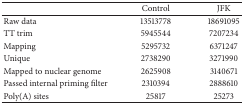
<table><thead><tr><td><b> </b></td><td><b>Control</b></td><td><b>JFK</b></td></tr></thead><tbody><tr><td>Raw data</td><td>13513778</td><td>18691095</td></tr><tr><td>TT trim</td><td>5945544</td><td>7207234</td></tr><tr><td>Mapping</td><td>5295732</td><td>6371247</td></tr><tr><td>Unique</td><td>2738290</td><td>3271990</td></tr><tr><td>Mapped to nuclear genome</td><td>2625908</td><td>3140671</td></tr><tr><td>Passed internal priming filter</td><td>2310394</td><td>2888610</td></tr><tr><td>Poly(A) sites</td><td>25817</td><td>25273</td></tr></tbody></table>